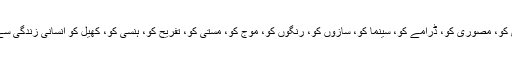
علم کو، آرٹ کو، رقص کو، اداکاری کو، مجسمہ سازی کو، شاعری کو، مصوری کو، ڈرامے کو، سینما کو، سازوں کو، رنگوں کو، موج کو، مستی کو، تفریح کو، ہنسی کو، کھیل کو انسانی زندگی سے نکال دیا جائے تو کیا وہ چوسے ہوئے آم کی طرح نہ ہو جائے گا۔